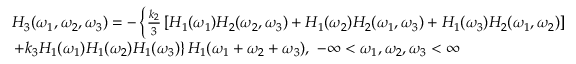
\begin{array} { r l } & { H _ { 3 } ( \omega _ { 1 } , \omega _ { 2 } , \omega _ { 3 } ) = - \left\{ \frac { k _ { 2 } } { 3 } \left[ H _ { 1 } ( \omega _ { 1 } ) H _ { 2 } ( \omega _ { 2 } , \omega _ { 3 } ) + H _ { 1 } ( \omega _ { 2 } ) H _ { 2 } ( \omega _ { 1 } , \omega _ { 3 } ) + H _ { 1 } ( \omega _ { 3 } ) H _ { 2 } ( \omega _ { 1 } , \omega _ { 2 } ) \right] \right. } \\ & { \left. + k _ { 3 } H _ { 1 } ( \omega _ { 1 } ) H _ { 1 } ( \omega _ { 2 } ) H _ { 1 } ( \omega _ { 3 } ) \right\} H _ { 1 } ( \omega _ { 1 } + \omega _ { 2 } + \omega _ { 3 } ) , ~ - \infty < \omega _ { 1 } , \omega _ { 2 } , \omega _ { 3 } < \infty } \end{array}